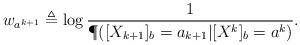
LaTeX: \begin{align*}w_{a^{k+1}}\triangleq \log {1\over \P([X_{k+1}]_b=a_{k+1}|[X^k]_b=a^k)}.\end{align*}